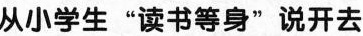
从小学生”读书等身”说开去